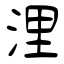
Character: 浬